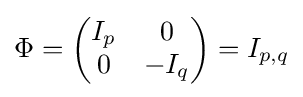
\Phi ={\begin{pmatrix}I_{p}&0\\0&-I_{q}\end{pmatrix}}=I_{p,q}